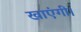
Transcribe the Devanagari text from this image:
खाएंगी।